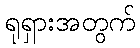
ရုရှားအတွက်